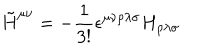
{ \tilde { H } } ^ { \mu \nu } = - \frac 1 { 3 ! } \epsilon ^ { \mu \nu \rho \lambda \sigma } H _ { \rho \lambda \sigma }